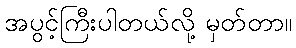
အပွင့်ကြီးပါတယ်လို့ မှတ်တာ။